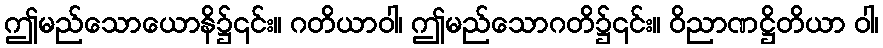
ဤမည်သောယောနိ၌၎င်း။ ဂတိယာဝါ၊ ဤမည်သောဂတိ၌၎င်း။ ဝိညာဏဋ္ဌိတိယာ ဝါ၊